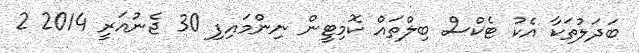
ބަދަލުތަކާ އެކު ޓެކްސް ބިލްތައް ކޮމިޓީން ނިންމައިފި 30 ޖެނުއަރީ 2014 2